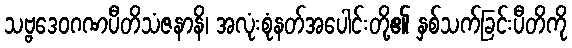
သဗ္ဗဒေဝဂဏပီတိသံဇနာနိ၊ အလုံးစုံနတ်အပေါင်းတို့၏ နှစ်သက်ခြင်းပီတိကို